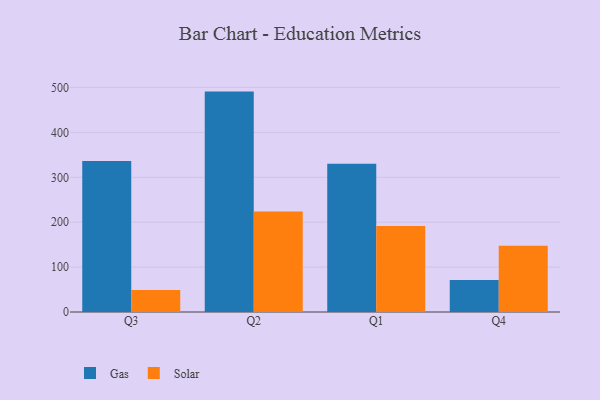
{"axis": {"x": "Quarter", "y": "Revenue (USD Million)"}, "legend": ["Gas", "Solar"], "data": [{"x": "Q3", "y": 336.2, "type": "Gas"}, {"x": "Q3", "y": 49.2, "type": "Solar"}, {"x": "Q2", "y": 490.9, "type": "Gas"}, {"x": "Q2", "y": 223.6, "type": "Solar"}, {"x": "Q1", "y": 330.4, "type": "Gas"}, {"x": "Q1", "y": 191.3, "type": "Solar"}, {"x": "Q4", "y": 71.2, "type": "Gas"}, {"x": "Q4", "y": 147.5, "type": "Solar"}]}